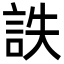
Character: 詄